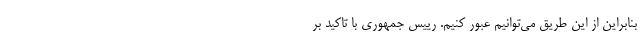
بنابراین از این طریق می‌توانیم عبور کنیم. رییس جمهوری با تاکید بر